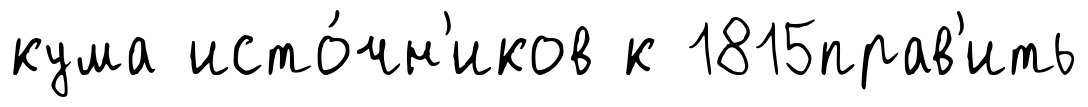
кума исто́чн'иков к 1815прав'ить